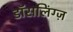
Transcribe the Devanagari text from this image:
डॉसलिंग्ज़